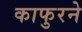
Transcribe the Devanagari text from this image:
काफुरने